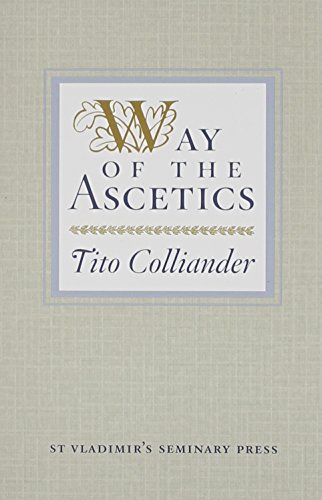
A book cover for Way of the Ascetics: The Ancient Tradition of Discipline and Inner Growth; Tito Colliander; Christian Books & Bibles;